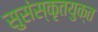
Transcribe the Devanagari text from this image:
सुसंस्कृतयुक्त